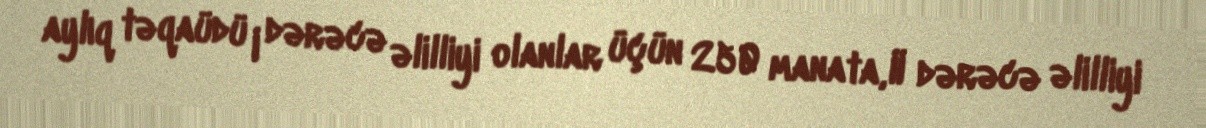
aylıq təqaüdü I dərəcə əlilliyi olanlar üçün 250 manata, II dərəcə əlilliyi